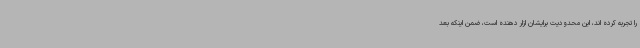
را تجربه کرده اند، این محدودیت برایشان ازار دهنده است، ضمن اینکه بعد